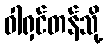
ဝါရှင်တန်သို့